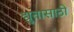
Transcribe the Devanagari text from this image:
द्युतासाठी